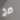
ضخ